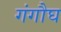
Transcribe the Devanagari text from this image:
गंगौघ